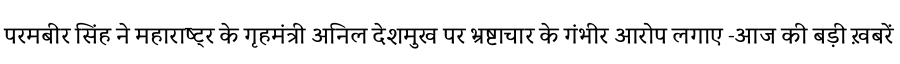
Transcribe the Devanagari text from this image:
परमबीर सिंह ने महाराष्ट्र के गृहमंत्री अनिल देशमुख पर भ्रष्टाचार के गंभीर आरोप लगाए -आज की बड़ी ख़बरें